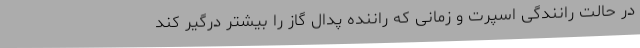
در حالت رانندگی اسپرت و زمانی که راننده پدال گاز را بیشتر درگیر کند